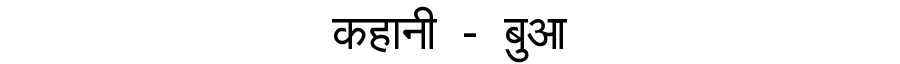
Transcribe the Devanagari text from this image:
कहानी - बुआ